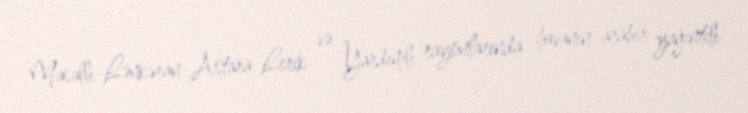
Masallı-Lənkəran-Astara-Lerik və Yardımlı rayonlarında havanın arabir yağıntılı